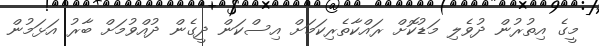
މީގެ އިތުރުން ދުވެލި މަޑުކޮށް ރައްކާތެރިކަމަށް އިސްކަން ދީގެން ދުއްވުމަށް ބާރު އަޅަމުން